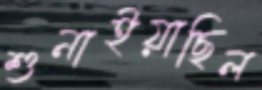
শুনাইয়াছিল